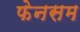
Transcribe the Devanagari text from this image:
फेनसम